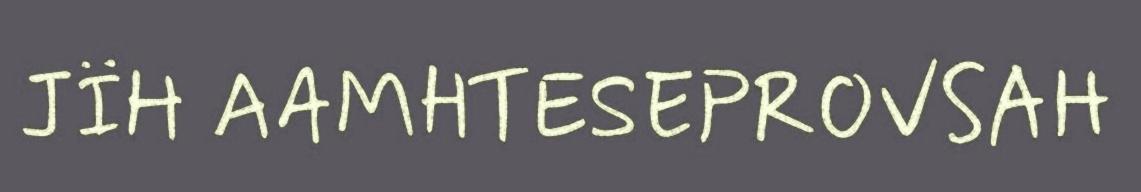
JÏH AAMHTESEPROVSAH